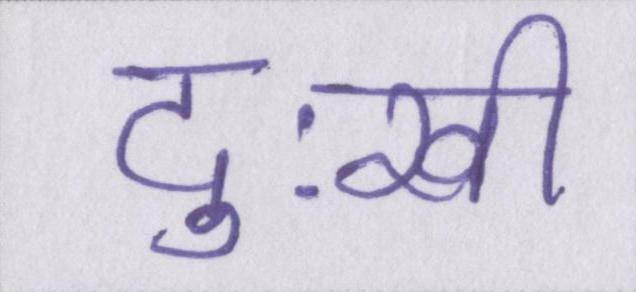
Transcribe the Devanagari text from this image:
दुःखी